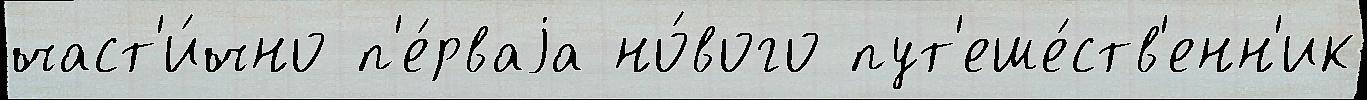
част'и́чно п'е́рваjа но́вого пут'еше́ств'енн'ик